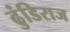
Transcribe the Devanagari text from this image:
ढुंडिराज